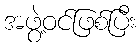
အဖွဲ့ဝင်ဖြစ်ပြီး